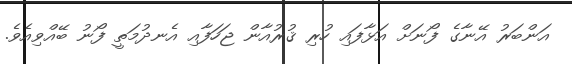
އަންބަރު އޭނާގެ ފޯނަށް އަޅާފައި ހުރި ޤުރުއާން ޖަހަފާއި އެނދުމަތީ ފޯނު ބޭއްވިއެވެ.